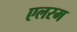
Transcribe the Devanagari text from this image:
एलरम